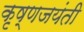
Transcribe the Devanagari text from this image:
कृष्णजयंती